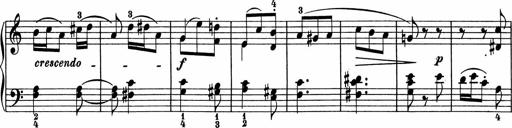
Title: 5 Sonatinen fÃ¼r die Jugend
Composer: Carl Reinecke